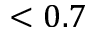
< 0 . 7